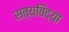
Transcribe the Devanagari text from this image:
सत्यविद्या